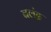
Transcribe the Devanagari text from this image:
बलंद्र